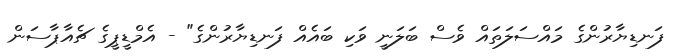
ފަނޑިޔާރުންގެ މައްސަލަތައް ވެސް ބަލަނީ ވަކި ބައެއް ފަނޑިޔާރުންގެ" - އެމްޑީޕީގެ ޗެއާޕާސަން